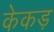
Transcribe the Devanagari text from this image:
केकड़